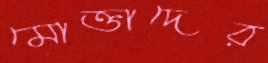
মোক্তাদের